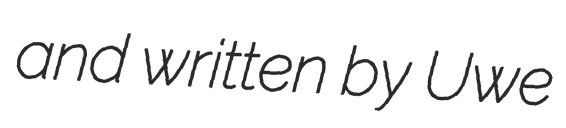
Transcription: and written by Uwe